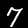
Label: 7